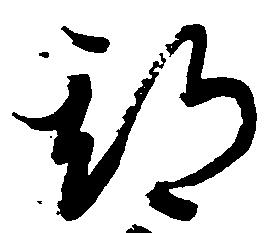
期